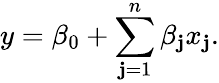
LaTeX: y=\beta_{0}+\sum_{\mathbf{j}=1}^{n}\beta_{\mathbf{j}}x_{\mathbf{j}}.